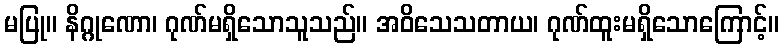
မပြု။ နိဂ္ဂုဏော၊ ဂုဏ်မရှိသောသူသည်။ အဝိသေသတာယ၊ ဂုဏ်ထူးမရှိသောကြောင့်။